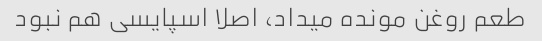
طعم روغن مونده میداد، اصلا اسپایسی هم نبود